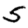
Digit: 5